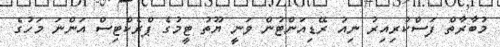
މުބާރާތް ފަސްކުރިއިރު ނިއު ރޭޑިއަންޓުން ވަނީ ޔޫތު ޓީމުގެ ޕްރެކްޓިސް އަންނަ މަހުގެ